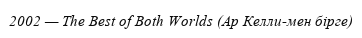
2002 — The Best of Both Worlds (Ар Келли-мен бірге)